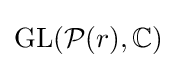
\operatorname {GL} ({\mathcal {P}}(r),\mathbb {C} )